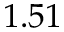
1 . 5 1